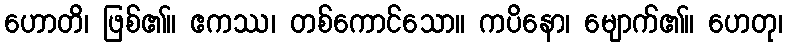
ဟောတိ၊ ဖြစ်၏။ ဧကဿ၊ တစ်ကောင်သော။ ကပိနော၊ မျောက်၏။ ဟေတု၊